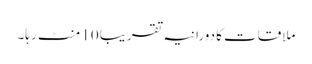
ملاقات کا دورانیہ تقریباً 10 منٹ رہا۔